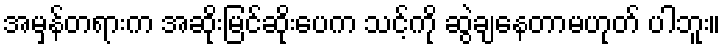
အမှန်တရားက အဆိုးမြင်ဆိုးပေက သင့်ကို ဆွဲချနေတာမဟုတ် ပါဘူး။